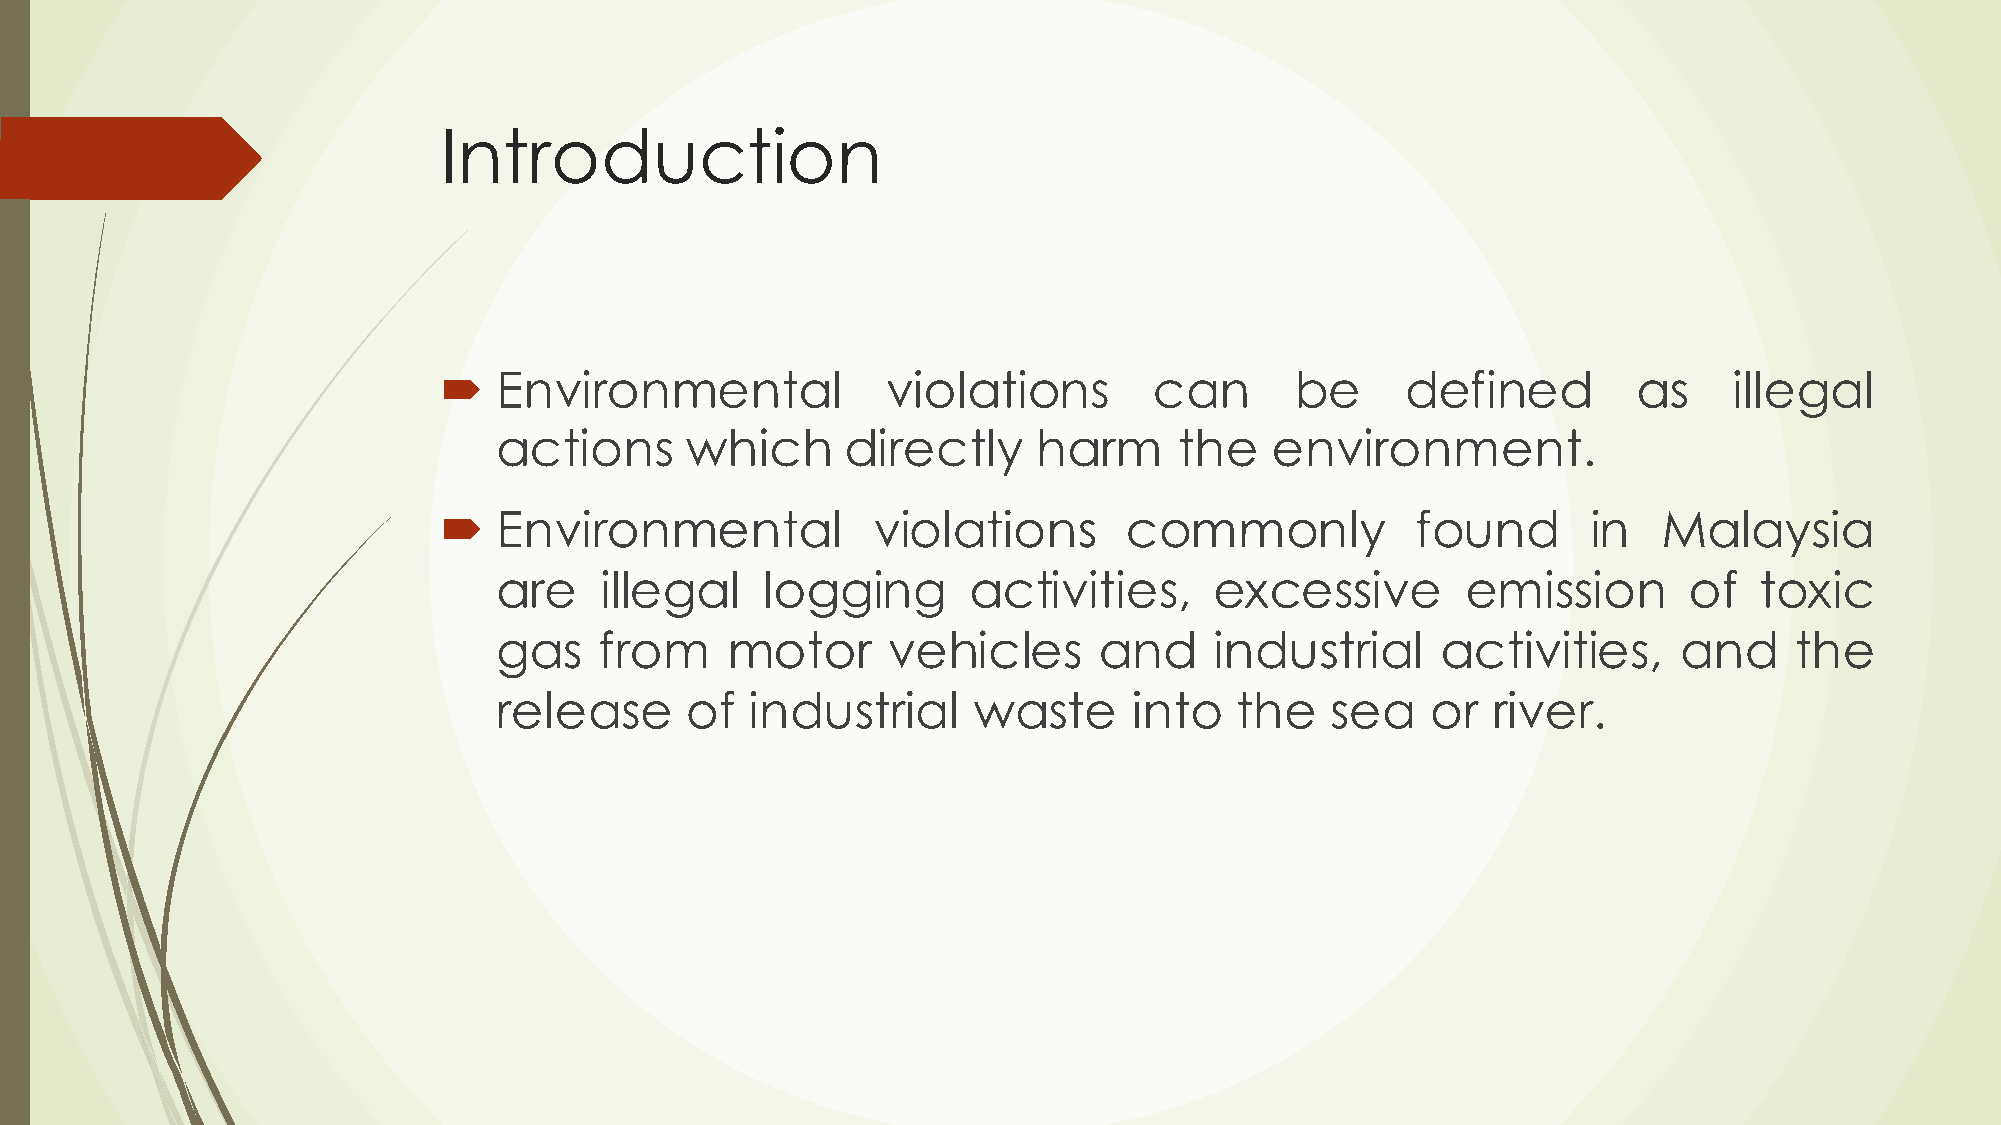
Introduction
 ´  Environmental             violations       can       be     defined        as     illegal
 actions     which      directly     harm     the   environment.
 ´  Environmental            violations      commonly            found      in   Malaysia
 are    illegal   logging       activities,     excessive        emission       of  toxic
 gas    from    motor      vehicles      and    industrial     activities,     and     the
 release     of   industrial    waste      into   the   sea    or  river.